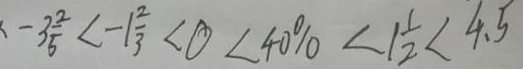
- 3 \frac { 2 } { 5 } < - 1 \frac { 2 } { 3 } < 0 < 4 0 \% < 1 \frac { 1 } { 2 } < 4 . 5